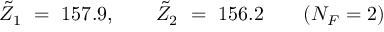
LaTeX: \tilde { Z } _ { 1 } \ = \ 1 5 7 . 9 , \qquad \tilde { Z } _ { 2 } \ = \ 1 5 6 . 2 \qquad ( N _ { F } = 2 )